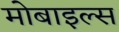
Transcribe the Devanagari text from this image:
मोबाइल्स